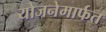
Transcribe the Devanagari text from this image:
योजनेमार्फत